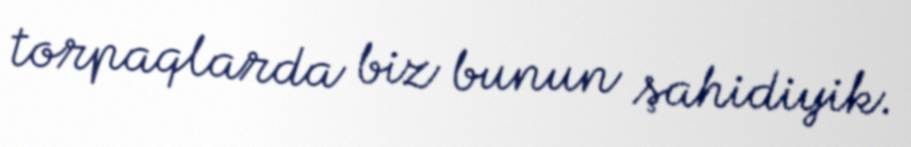
torpaqlarda biz bunun şahidiyik.